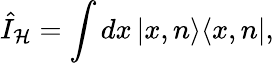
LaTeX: \hat{I}_{\mathcal{H}}=\int dx\, |x,n\rangle\langle x,n|,